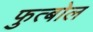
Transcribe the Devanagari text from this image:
फुत्बोल